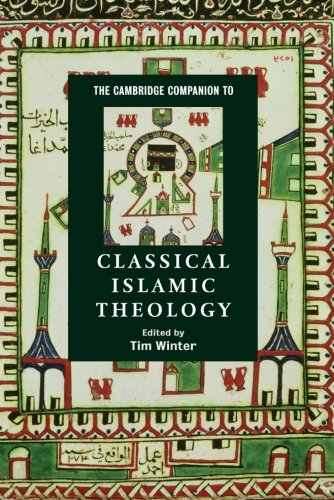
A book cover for The Cambridge Companion to Classical Islamic Theology (Cambridge Companions to Religion); Religion & Spirituality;